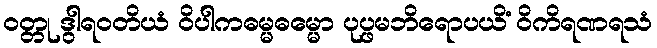
ဝတ္တု ဒွါရဝတိယံ ဝိပါကဓမ္မဓမ္မော ပုပ္ဖမဘိရောပယိံ ဝိကိရဏရသံ